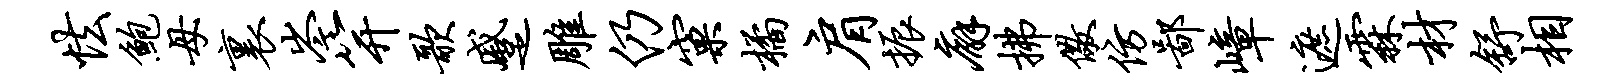
怯鲍母里岑笄歌蹙雕仍窠橘肩振廨拂儆仿鄙嶂遮霖材舒相